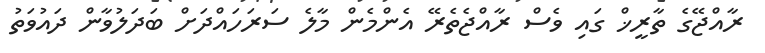
ރާއްޖޭގެ ތާރީޚް ގައި ވެސް ރާއްޖެތެރޭ އެންމެން މާލެ ސަރަހައްދަށް ބަދަލުވާން ދައުވަތު